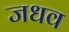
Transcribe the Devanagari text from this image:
जधव